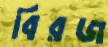
বিরজ